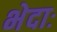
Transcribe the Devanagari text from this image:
भेदाः